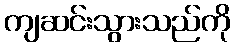
ကျဆင်းသွားသည်ကို